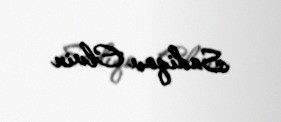
Sadiqov Elvin